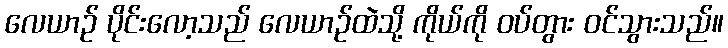
လေယာဉ် ပိုင်းလော့သည် လေယာဉ်ထဲသို့ ကိုယ်ကို ဝပ်တွား ဝင်သွားသည်။